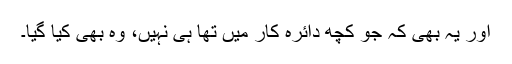
اور یہ بھی کہ جو کچھ دائرۂ کار میں تھا ہی نہیں، وہ بھی کیا گیا۔